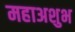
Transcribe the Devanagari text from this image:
महाअशुभ